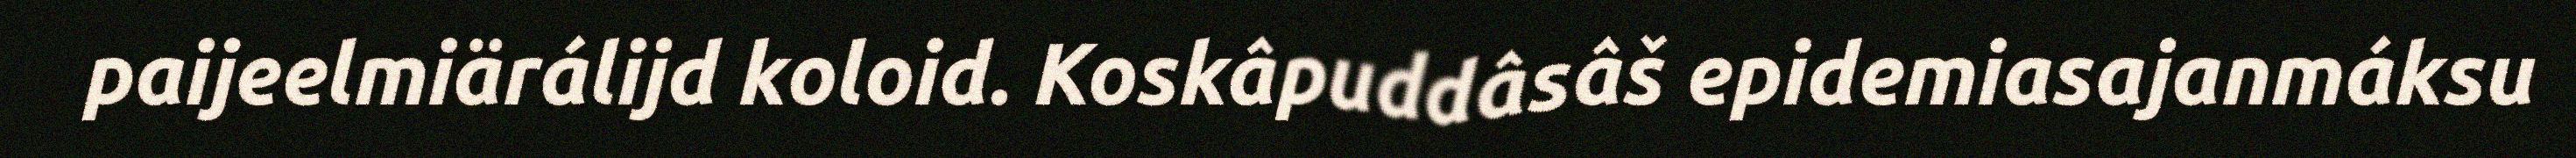
paijeelmiärálijd koloid. Koskâpuddâsâš epidemiasajanmáksu